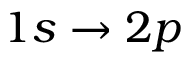
1 s \to 2 p